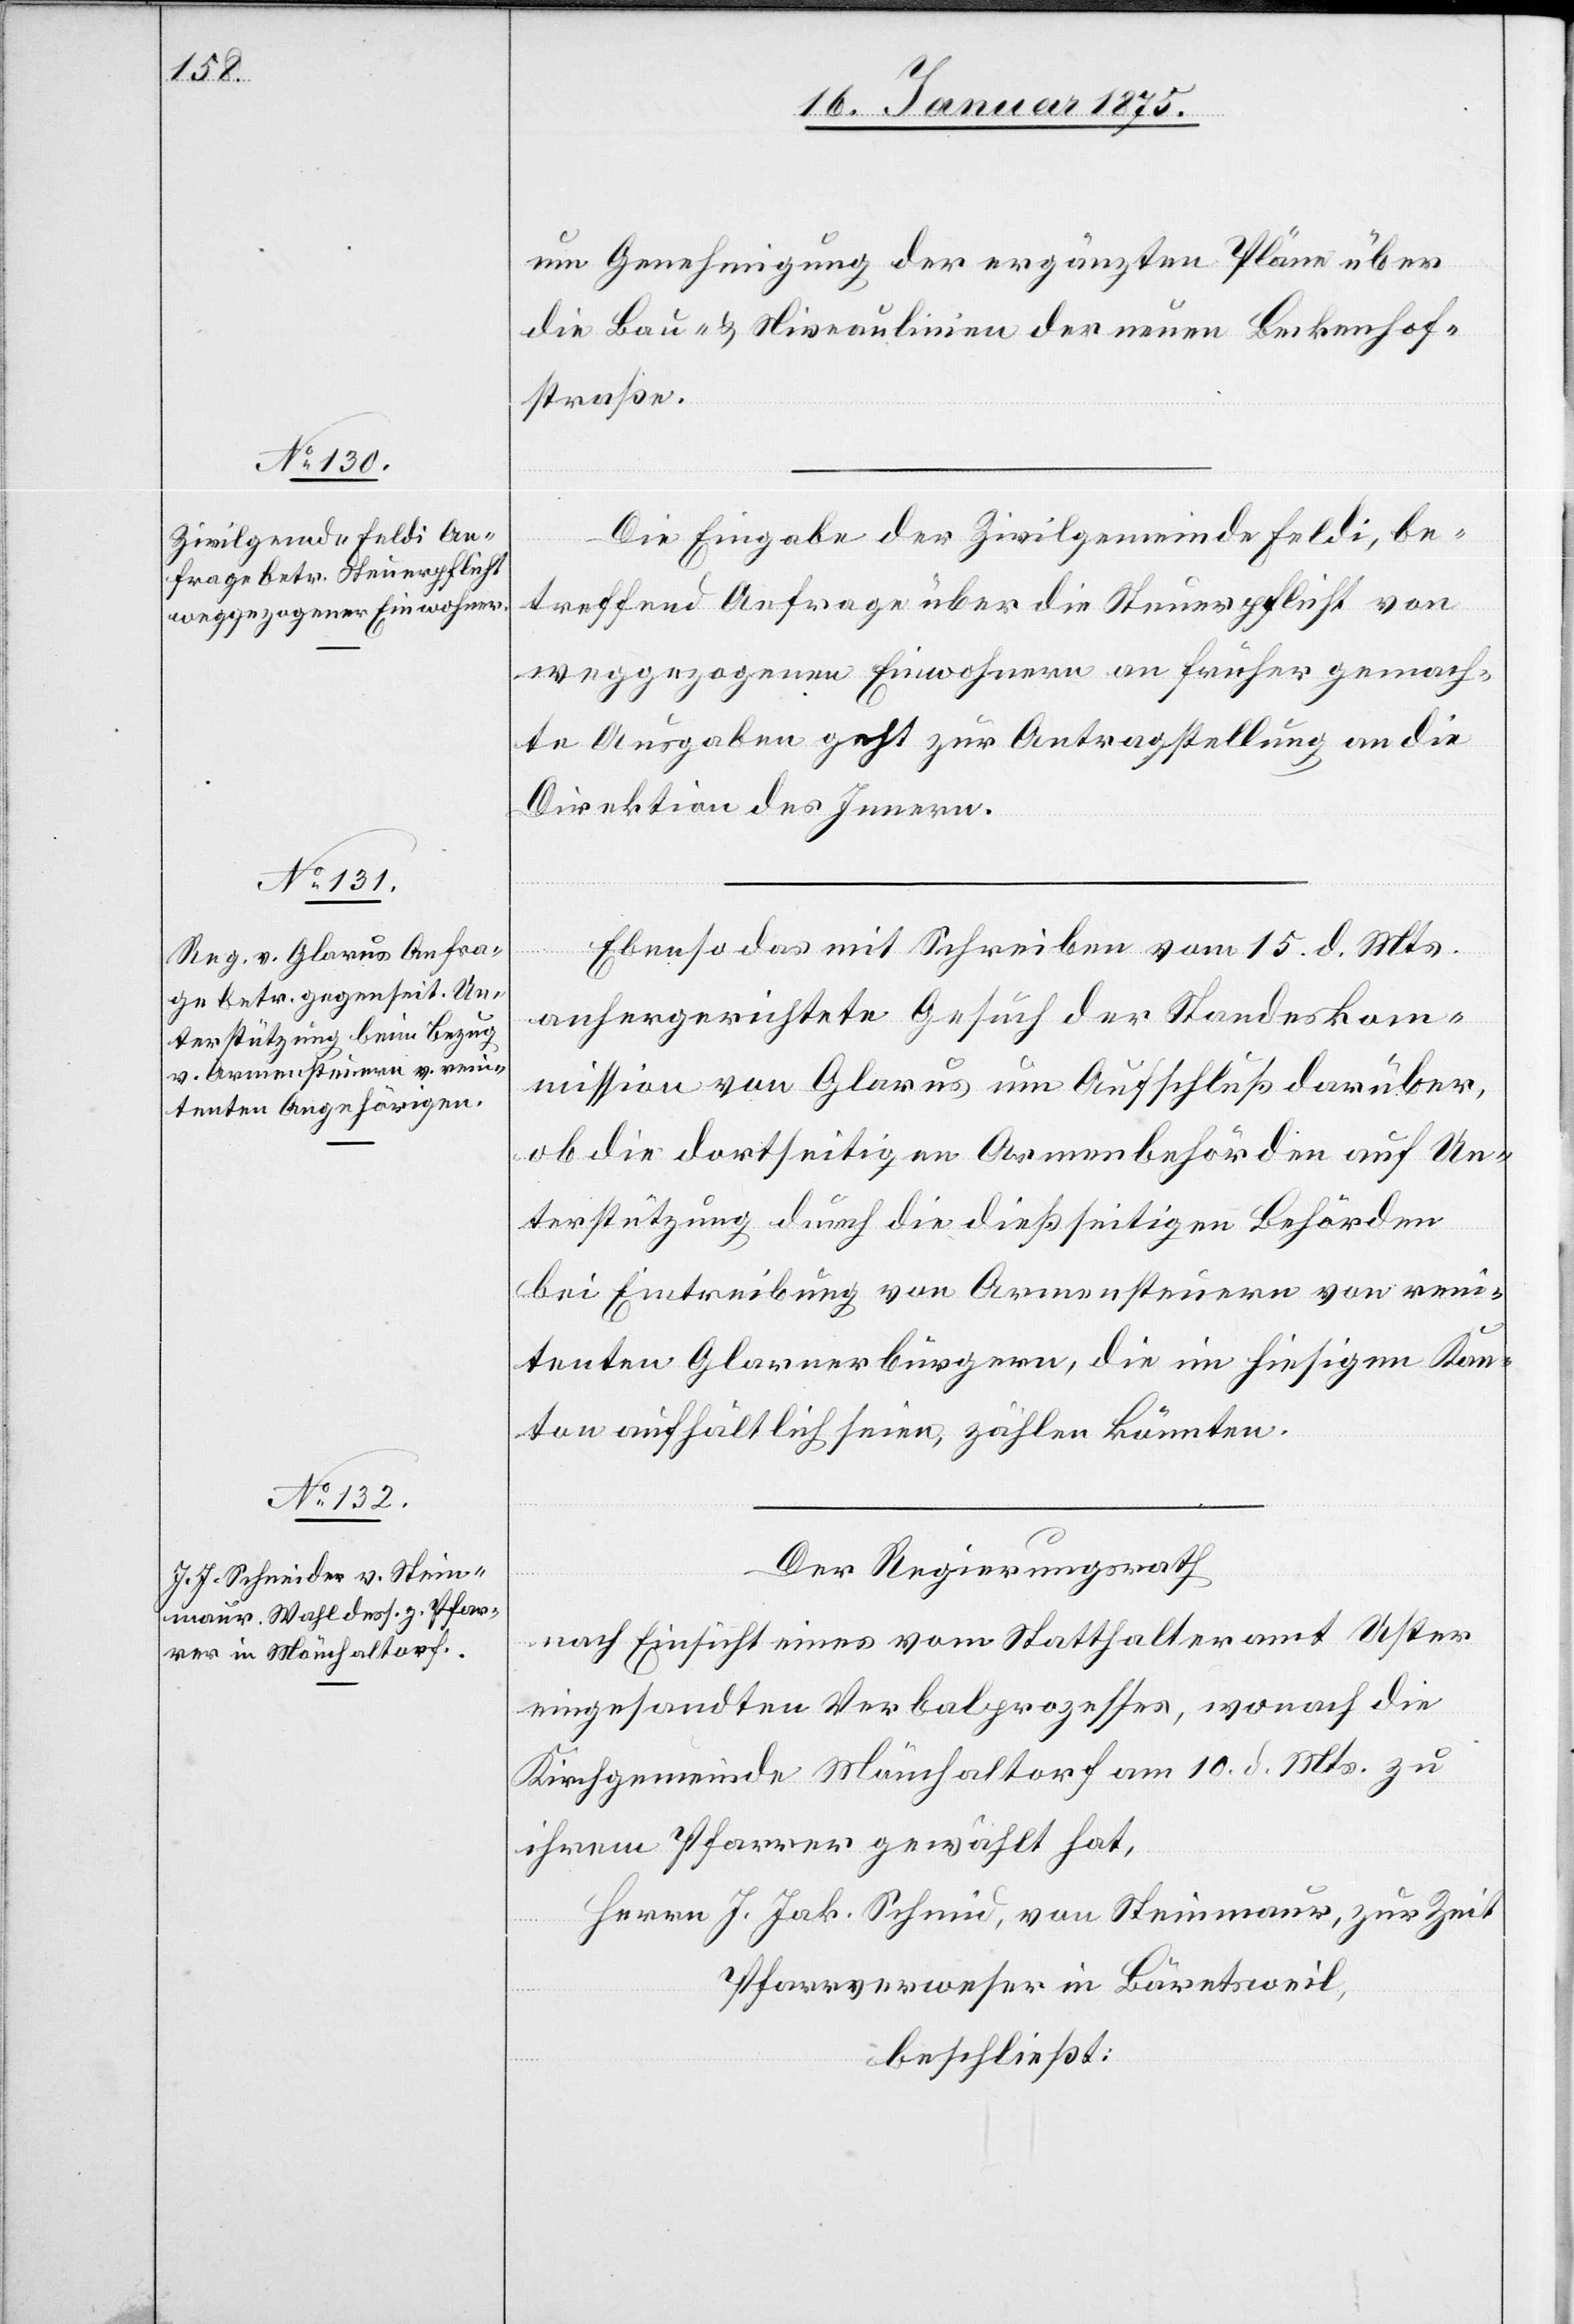
18. Januar 1875.]
um Genehmigung der ergänzten Pläne über
die Bau- u. Niveaulinien der neuen Beckenhof¬
straße.
Die Eingabe der Zivilgemeinde Feldi, be¬
treffend Anfrage über die Steuerpflicht von
weggezogenen Einwohnern an früher gemach¬
te Ausgaben geht zur Antragstellung an die
Direktion des Innern.
Ebenso das mit Schreiben vom 15. d. Mts.
anhergerichtete Gesuch der Standeskom¬
mission von Glarus um Aufschluß darüber,
ob die dortseitigen Armenbehörden auf Un¬
terstützung durch die dießseitigen Behörden
bei Eintreibung von Armensteuern von reni¬
tenten Glarnerbürgern, die im hiesigen Kan¬
ton aufhältlich seien, zählen könnten.
Der Regierungsrath
nach Einsicht eines vom Statthalteramt Uster
eingesandten Verbalprozesses, wonach die
Kirchgemeinde Mönchaltorf am 10. d. Mts. zu
ihrem Pfarrer gewählt hat,
Pfarrverweser in Bärentsweil,
beschließt: